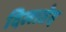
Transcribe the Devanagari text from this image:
दिलातेद